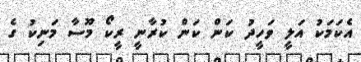
އެކަމަކު އަލީ ވަހީދު ކަން ކަން ކުރާނީ ރީކޯ މޫސާ މަނިކު ގެ